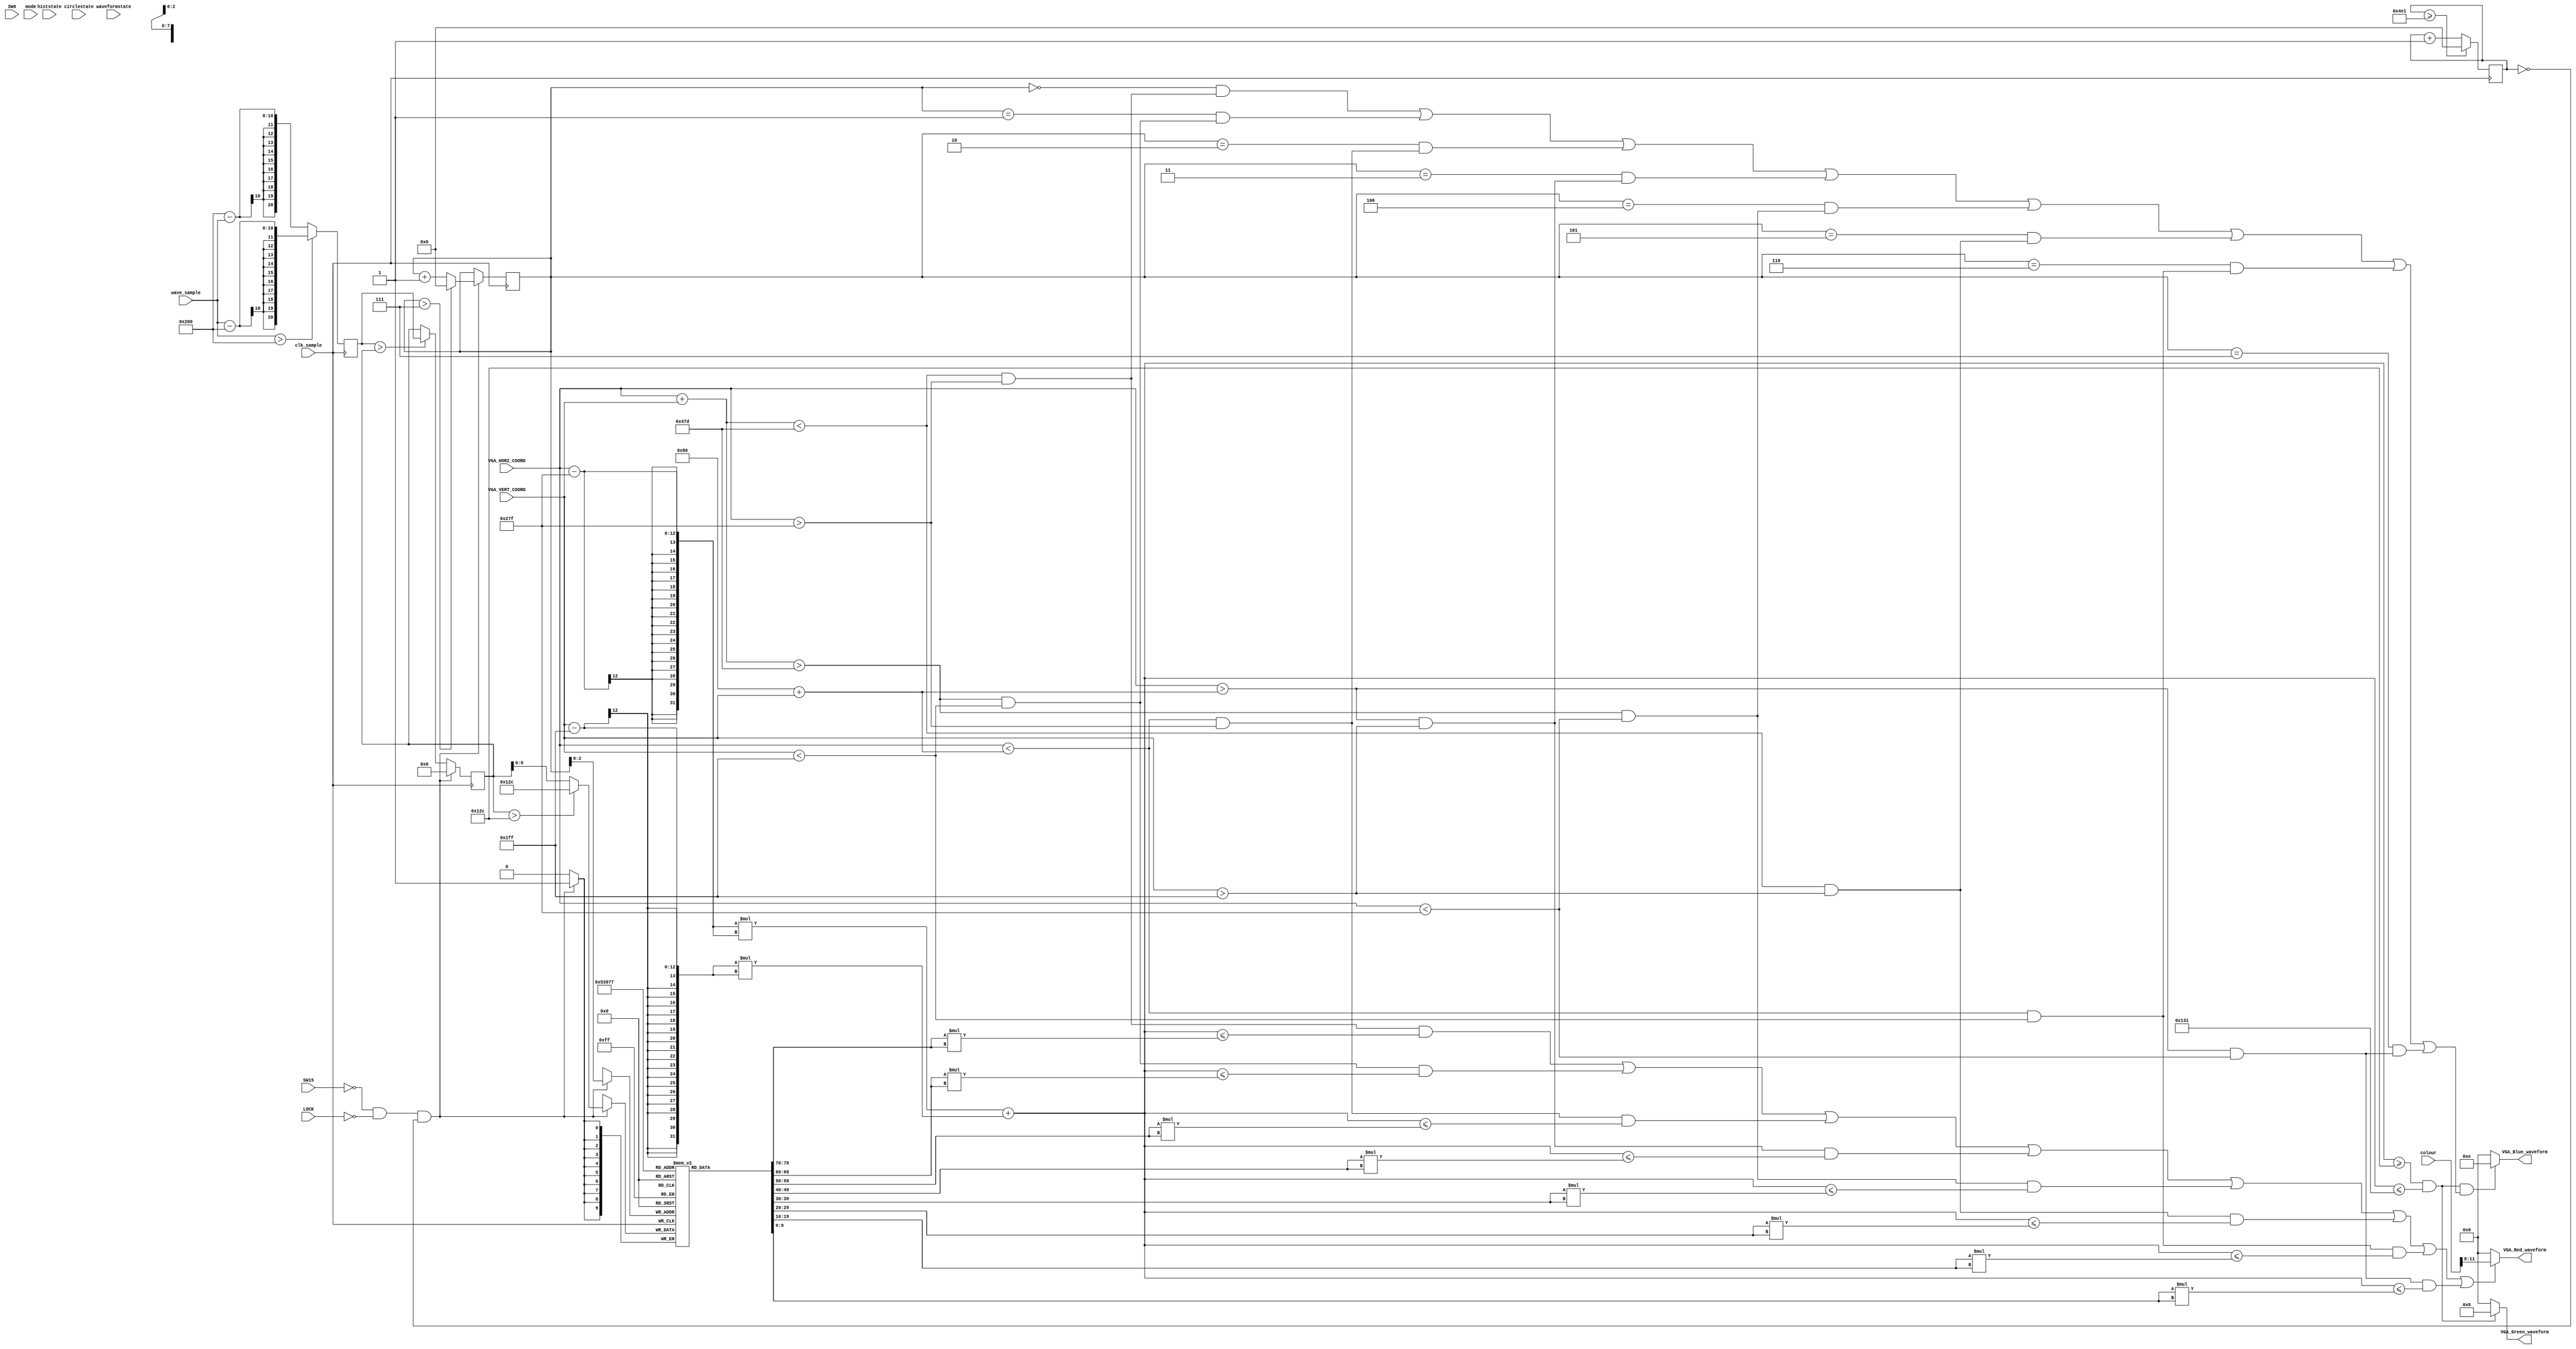
`timescale 1ns / 1ps
/**
 * Circle Waveform Visualisation
 * Generates a circle waveform of 8 arcs
 */

module Draw_Waveform_Circle(
    input clk_sample, //20kHz clock
    input SW0, SW15,
    input LOCK,
    input [5:0] mode,
    input [2:0] waveformstate,
    input [2:0] histstate,
    input [2:0] circlestate,
    
    input [9:0] wave_sample,
    input [11:0] VGA_HORZ_COORD,
    input [11:0] VGA_VERT_COORD,
    input [11:0] colour,
    
    output [3:0] VGA_Red_waveform,
    output [3:0] VGA_Green_waveform,
    output [3:0] VGA_Blue_waveform
    );
    
    reg [9:0] memory [7:0];
    reg [9:0] i = 0;
    
    reg [20:0] radius = 0;
    reg [20:0] val;
    reg [20:0] prev;
    reg [20:0] cur;
    reg [9:0] counter = 1;
    
    //split circle into 8 parts (clockwise, 0 starts from 12 o'clock)
    wire arc0 = ((VGA_HORZ_COORD + VGA_VERT_COORD) < 1149) && (VGA_HORZ_COORD > 639);
    wire arc1 = ((VGA_HORZ_COORD + VGA_VERT_COORD) > 1149) && (VGA_VERT_COORD < 511);
    wire arc2 = (VGA_HORZ_COORD < (128 + VGA_VERT_COORD)) && (VGA_HORZ_COORD > 639);
    wire arc3 = (VGA_HORZ_COORD > (128 + VGA_VERT_COORD)) && (VGA_VERT_COORD > 511);
    wire arc4 = ((VGA_HORZ_COORD + VGA_VERT_COORD) > 1149) && (VGA_HORZ_COORD < 639);
    wire arc5 = ((VGA_HORZ_COORD + VGA_VERT_COORD) < 1149) && (VGA_VERT_COORD > 511);
    wire arc6 = (VGA_HORZ_COORD < (128 + VGA_VERT_COORD)) && (VGA_VERT_COORD < 511);
    wire arc7 = (VGA_HORZ_COORD > (128 + VGA_VERT_COORD)) && (VGA_HORZ_COORD < 639);
    
    always @ (posedge clk_sample) begin
        counter <= (counter >= 1249 ? 0 : counter + 1); //2Hz overall freq
        
        val <= (wave_sample > 512 ? wave_sample - 512 : 512 - wave_sample);
        cur <= (val > cur ? val : cur);
        
        if (SW15 == 0 && LOCK == 0 && counter == 0) begin
            memory[i] <= (cur > 300 ? 300 : cur);
            i <= (i > 7 ? 0 : i + 1);
            //radius <= (val > prev) ? (radius > 200 ? radius : radius + 1) : (radius == 0 ? radius : radius - 1);
            prev <= val;
            cur <= 0;
        end
        
        /*i <= (i >= 359 ? 0 : i + 1);
        Sample_memory[i] <= prev;
        prev <= wave_sample;*/
    
    end
    
    wire [3:0] red;
    wire [3:0] green;
    wire [3:0] blue;
    
    assign red = colour >> 8;
    assign green = colour << 4 >> 8;
    assign blue = colour << 8 >> 8;
    
    //draw all arcs and include a reference circle of 5 units
    assign VGA_Red_waveform = (
    (arc0 && ((VGA_HORZ_COORD - 639) * (VGA_HORZ_COORD - 639) + (VGA_VERT_COORD - 511) * (VGA_VERT_COORD - 511)) <= (memory[0] * memory[0])) ||
    (arc1 && ((VGA_HORZ_COORD - 639) * (VGA_HORZ_COORD - 639) + (VGA_VERT_COORD - 511) * (VGA_VERT_COORD - 511)) <= (memory[1] * memory[1])) ||
    (arc2 && ((VGA_HORZ_COORD - 639) * (VGA_HORZ_COORD - 639) + (VGA_VERT_COORD - 511) * (VGA_VERT_COORD - 511)) <= (memory[2] * memory[2])) || 
    (arc3 && ((VGA_HORZ_COORD - 639) * (VGA_HORZ_COORD - 639) + (VGA_VERT_COORD - 511) * (VGA_VERT_COORD - 511)) <= (memory[3] * memory[3])) ||
    (arc4 && ((VGA_HORZ_COORD - 639) * (VGA_HORZ_COORD - 639) + (VGA_VERT_COORD - 511) * (VGA_VERT_COORD - 511)) <= (memory[4] * memory[4])) ||
    (arc5 && ((VGA_HORZ_COORD - 639) * (VGA_HORZ_COORD - 639) + (VGA_VERT_COORD - 511) * (VGA_VERT_COORD - 511)) <= (memory[5] * memory[5])) ||
    (arc6 && ((VGA_HORZ_COORD - 639) * (VGA_HORZ_COORD - 639) + (VGA_VERT_COORD - 511) * (VGA_VERT_COORD - 511)) <= (memory[6] * memory[6])) ||
    (arc7 && ((VGA_HORZ_COORD - 639) * (VGA_HORZ_COORD - 639) + (VGA_VERT_COORD - 511) * (VGA_VERT_COORD - 511)) <= (memory[7] * memory[7]))
    ) ? red : 0;
    
    assign VGA_Green_waveform = (
    (((VGA_HORZ_COORD - 639) * (VGA_HORZ_COORD - 639) + (VGA_VERT_COORD - 511) * (VGA_VERT_COORD - 511)) >= (300) &&
    ((VGA_HORZ_COORD - 639) * (VGA_HORZ_COORD - 639) + (VGA_VERT_COORD - 511) * (VGA_VERT_COORD - 511)) <= (305)) 
    ) ? 8 : 0;
    
    assign VGA_Blue_waveform = (
    (((VGA_HORZ_COORD - 639) * (VGA_HORZ_COORD - 639) + (VGA_VERT_COORD - 511) * (VGA_VERT_COORD - 511)) >= (300) &&
    ((VGA_HORZ_COORD - 639) * (VGA_HORZ_COORD - 639) + (VGA_VERT_COORD - 511) * (VGA_VERT_COORD - 511)) <= (305)) &&
    ((i == 0 && arc0) || (i == 1 && arc1) || (i == 2 && arc2) || (i == 3 && arc3) || (i == 4 && arc4) || (i == 5 && arc5) || (i == 6 && arc6) || (i == 7 && arc7))
    ) ? 14 : 0;
    
    
    //code for the original circle waveform
    //assign VGA_Red_waveform   = (((VGA_HORZ_COORD - 639) * (VGA_HORZ_COORD - 639) + (VGA_VERT_COORD - 511) * (VGA_VERT_COORD - 511)) <= (radius * radius)) ? red : 0;
    //assign VGA_Green_waveform = (((VGA_HORZ_COORD - 639) * (VGA_HORZ_COORD - 639) + (VGA_VERT_COORD - 511) * (VGA_VERT_COORD - 511)) <= (radius * radius)) ? green : 0;
    //assign VGA_Blue_waveform  = (((VGA_HORZ_COORD - 639) * (VGA_HORZ_COORD - 639) + (VGA_VERT_COORD - 511) * (VGA_VERT_COORD - 511)) <= (radius * radius)) ? blue : 0;
    
    
        
    
endmodule